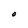
Character: O